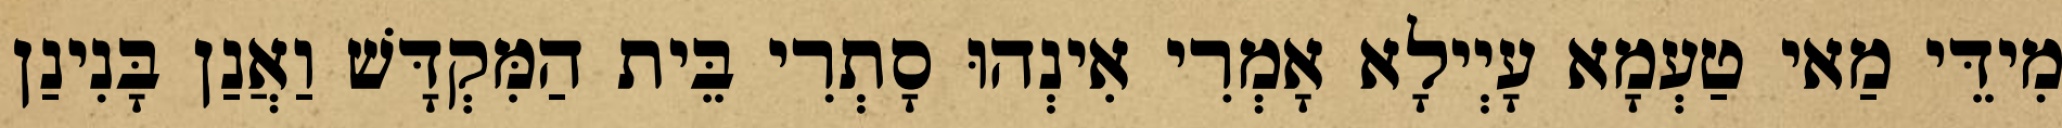
מִידֵּי מַאי טַעְמָא עָיְילָא אָמְרִי אִינְהוּ סָתְרִי בֵּית הַמִּקְדָּשׁ וַאֲנַן בָּנִינַן